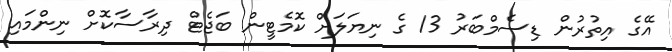
އޭގެ އިތުރުން ޑިސެމްބަރު 13 ގެ ނިޔަލަށް ކޮމެޓީން ބަޖެޓް ދިރާސާކޮށް ނިންމައި